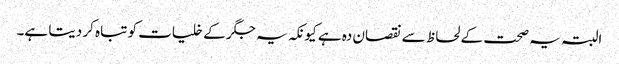
البتہ یہ صحت کے لحاظ سے نقصان دہ ہے کیونکہ یہ جگر کے خلیات کو تباہ کر دیتا ہے۔